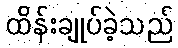
ထိန်းချုပ်ခဲ့သည်